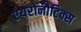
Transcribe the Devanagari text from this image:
एयरोनौटिक्स